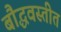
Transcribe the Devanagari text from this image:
बौद्धवस्तीत